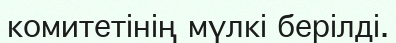
комитетінің мүлкі берілді.